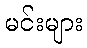
မင်းများ